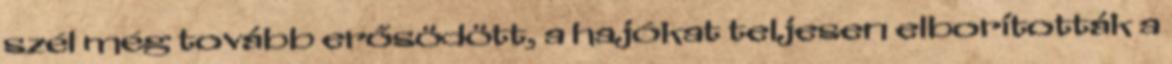
szél még tovább erősödött, a hajókat teljesen elborították a